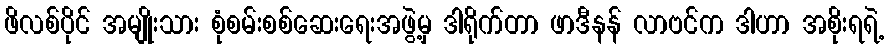
ဖိလစ်ပိုင် အမျိုးသား စုံစမ်းစစ်ဆေးရေးအဖွဲ့မှ ဒါရိုက်တာ ဖာဒီနန် လာဗင်က ဒါဟာ အစိုးရရဲ့